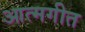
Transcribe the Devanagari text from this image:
आत्मगीत